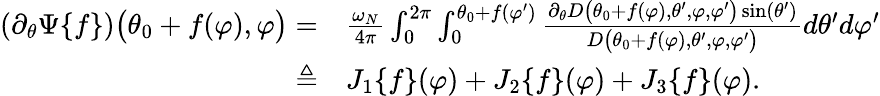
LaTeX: \begin{array}{rl}{(\partial_{\theta}\Psi\{ f\} )\big(\theta_{0}+f(\varphi),\varphi\big)=}&{{}\frac{\omega_{N}}{4\pi}\int_{0}^{2\pi}\int_{0}^{\theta_{0}+f(\varphi^{\prime})}\frac{\partial_{\theta}D\big(\theta_{0}+f(\varphi),\theta^{\prime},\varphi,\varphi^{\prime}\big)\sin(\theta^{\prime})}{D\big(\theta_{0}+f(\varphi),\theta^{\prime},\varphi,\varphi^{\prime}\big)}d\theta^{\prime}d\varphi^{\prime}}\\ {\triangleq}&{{}J_{1}\{ f\} (\varphi)+J_{2}\{ f\} (\varphi)+J_{3}\{ f\} (\varphi).}\end{array}